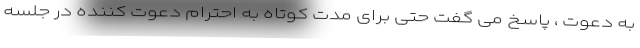
به دعوت ، پاسخ می گفت حتی برای مدت کوتاه به احترام دعوت کننده در جلسه